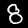
Digit: 8